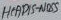
Text: HEADIS-NOSS